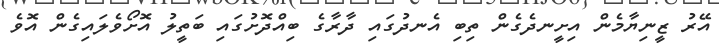
އޭރު ޒީނިޔާމެން އިށީނދެގެން ތިބި އެނދުގައި ދާރާގެ ބިއްދޮށުގައި ބަތީލު އޮށޯވެލައިގެން އޮވެ